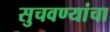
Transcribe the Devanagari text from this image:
सुचवण्यांचा